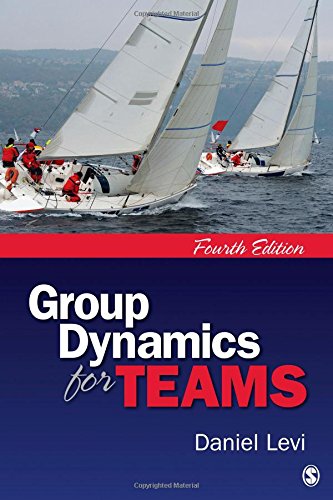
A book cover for Group Dynamics for Teams; Daniel J. (Jay) Levi; Medical Books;